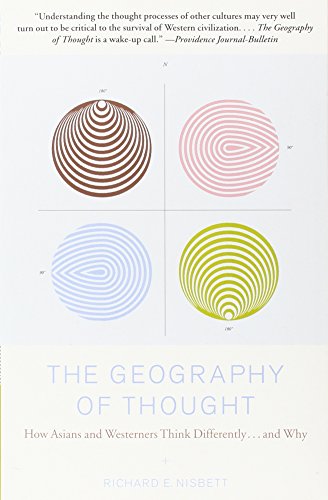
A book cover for The Geography of Thought: How Asians and Westerners Think Differently...and Why; Richard E. Nisbett; Medical Books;